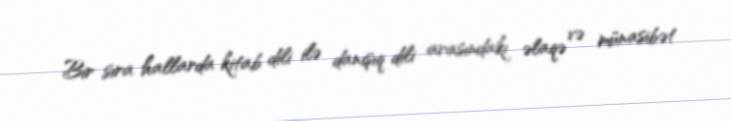
Bir sıra hallarda kitab dili ilə danışıq dili arasındakı əlaqə və münasibət